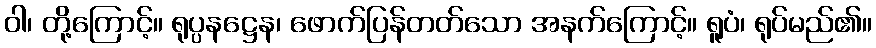
ဝါ၊ တို့ကြောင့်။ ရုပ္ပနဋ္ဌေန၊ ဖောက်ပြန်တတ်သော အနက်ကြောင့်။ ရူပံ၊ ရုပ်မည်၏။